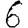
Digit: 6